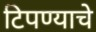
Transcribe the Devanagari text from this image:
टिपण्याचे